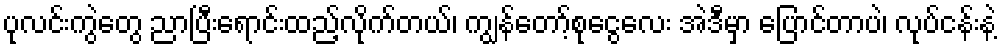
ပုလင်းကွဲတွေ ညာပြီးရောင်းထည့်လိုက်တယ်၊ ကျွန်တော့်စုငွေလေး အဲဒီမှာ ပြောင်တာပဲ၊ လုပ်ငန်းနဲ့